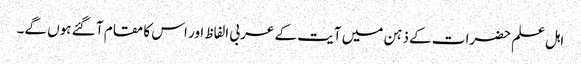
اہل علم حضرات کے ذہن میں آیت کے عربی الفاظ اور اس کا مقام آ گئے ہوں گے۔